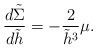
LaTeX: \begin{align*} \frac{d\tilde{\Sigma}}{d\tilde{h}}=-\frac{2}{\tilde{h}^3}\mu.\end{align*}